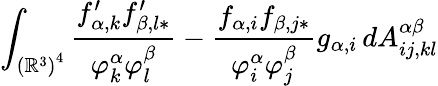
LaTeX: \int_{\left(\mathbb{R}^{3}\right)^{4}}\frac{f_{\alpha,k}^{\prime}f_{\beta,l\ast}^{\prime}}{\varphi_{k}^{\alpha}\varphi_{l}^{\beta}}-\frac{f_{\alpha,i}f_{\beta,j\ast}}{\varphi_{i}^{\alpha}\varphi_{j}^{\beta}}g_{\alpha,i}\, dA_{ij,kl}^{\alpha\beta}